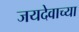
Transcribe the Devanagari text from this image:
जयदेवाच्या